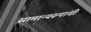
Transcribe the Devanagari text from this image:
सामान्यरूपांची